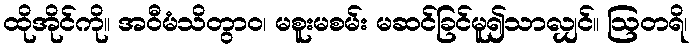
ထိုအိုင်ကို။ အဝီမံသိတွာဝ၊ မစူးမစမ်း မဆင်ခြင်မူ၍သာလျှင်။ ဩတရိ၊